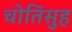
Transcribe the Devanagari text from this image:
चोतिसुह